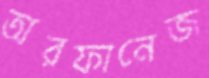
অরফানেজ